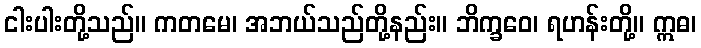
ငါးပါးတို့သည်။ ကတမေ၊ အဘယ်သည်တို့နည်း။ ဘိက္ခဝေ၊ ရဟန်းတို့။ ဣဓ၊